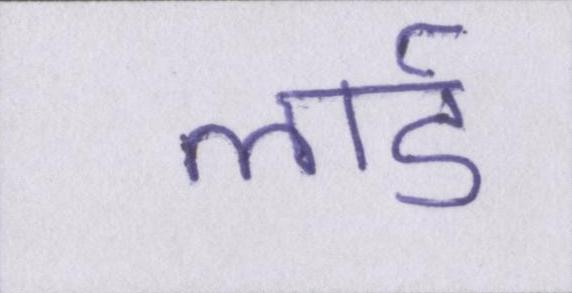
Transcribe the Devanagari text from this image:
लार्ड